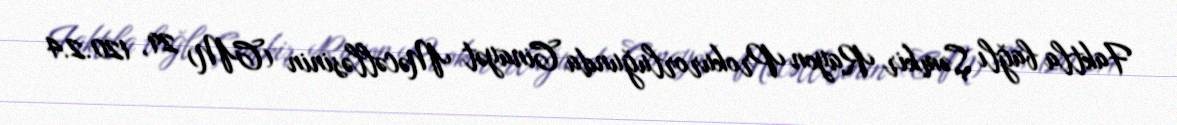
Faktla bağlı Şəmkir Rayon Prokurorluğunda Cinayət Məcəlləsinin (CM) 29, 120.2.4